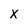
Character: X